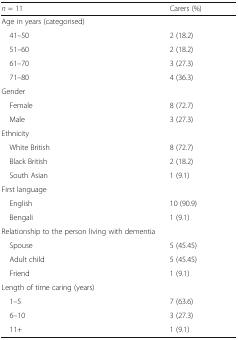
| n = 11 | Carers (%) |
 | --- | --- |
 | <COLSPAN=2> Age in years (categorised) |
 | 41–50 | 2 (18.2) |
 | 51–60 | 2 (18.2) |
 | 61–70 | 3 (27.3) |
 | 71–80 | 4 (36.3) |
 | <COLSPAN=2> Gender |
 | Female | 8 (72.7) |
 | Male | 3 (27.3) |
 | <COLSPAN=2> Ethnicity |
 | White British | 8 (72.7) |
 | Black British | 2 (18.2) |
 | South Asian | 1 (9.1) |
 | <COLSPAN=2> First language |
 | English | 10 (90.9) |
 | Bengali | 1 (9.1) |
 | <COLSPAN=2> Relationship to the person living with dementia |
 | Spouse | 5 (45.45) |
 | Adult child | 5 (45.45) |
 | Friend | 1 (9.1) |
 | <COLSPAN=2> Length of time caring (years) |
 | 1–5 | 7 (63.6) |
 | 6–10 | 3 (27.3) |
 | 11+ | 1 (9.1) |